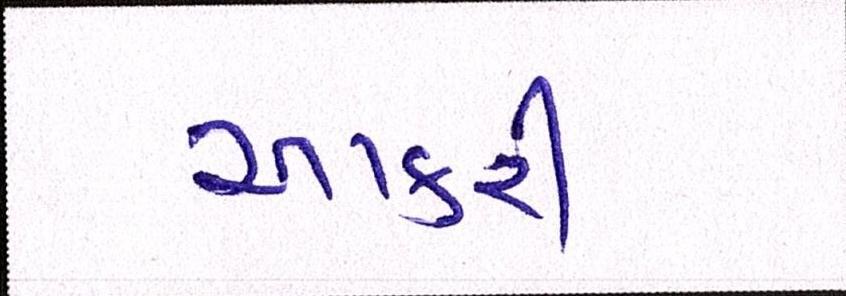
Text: આકરી